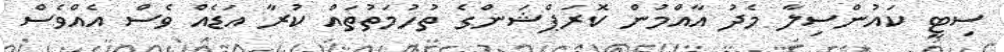
ސިޓީ ކައުންސިލާ މެދު އާއްމުން ކޮރަޕްޝަންގެ ތުހުމަތުތައް ކުރާ އަޑެއް ވެސް އެއްވެސް